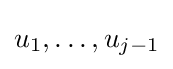
u_{1},\dotsc ,u_{j-1}